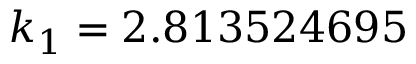
k _ { 1 } = 2 . 8 1 3 5 2 4 6 9 5